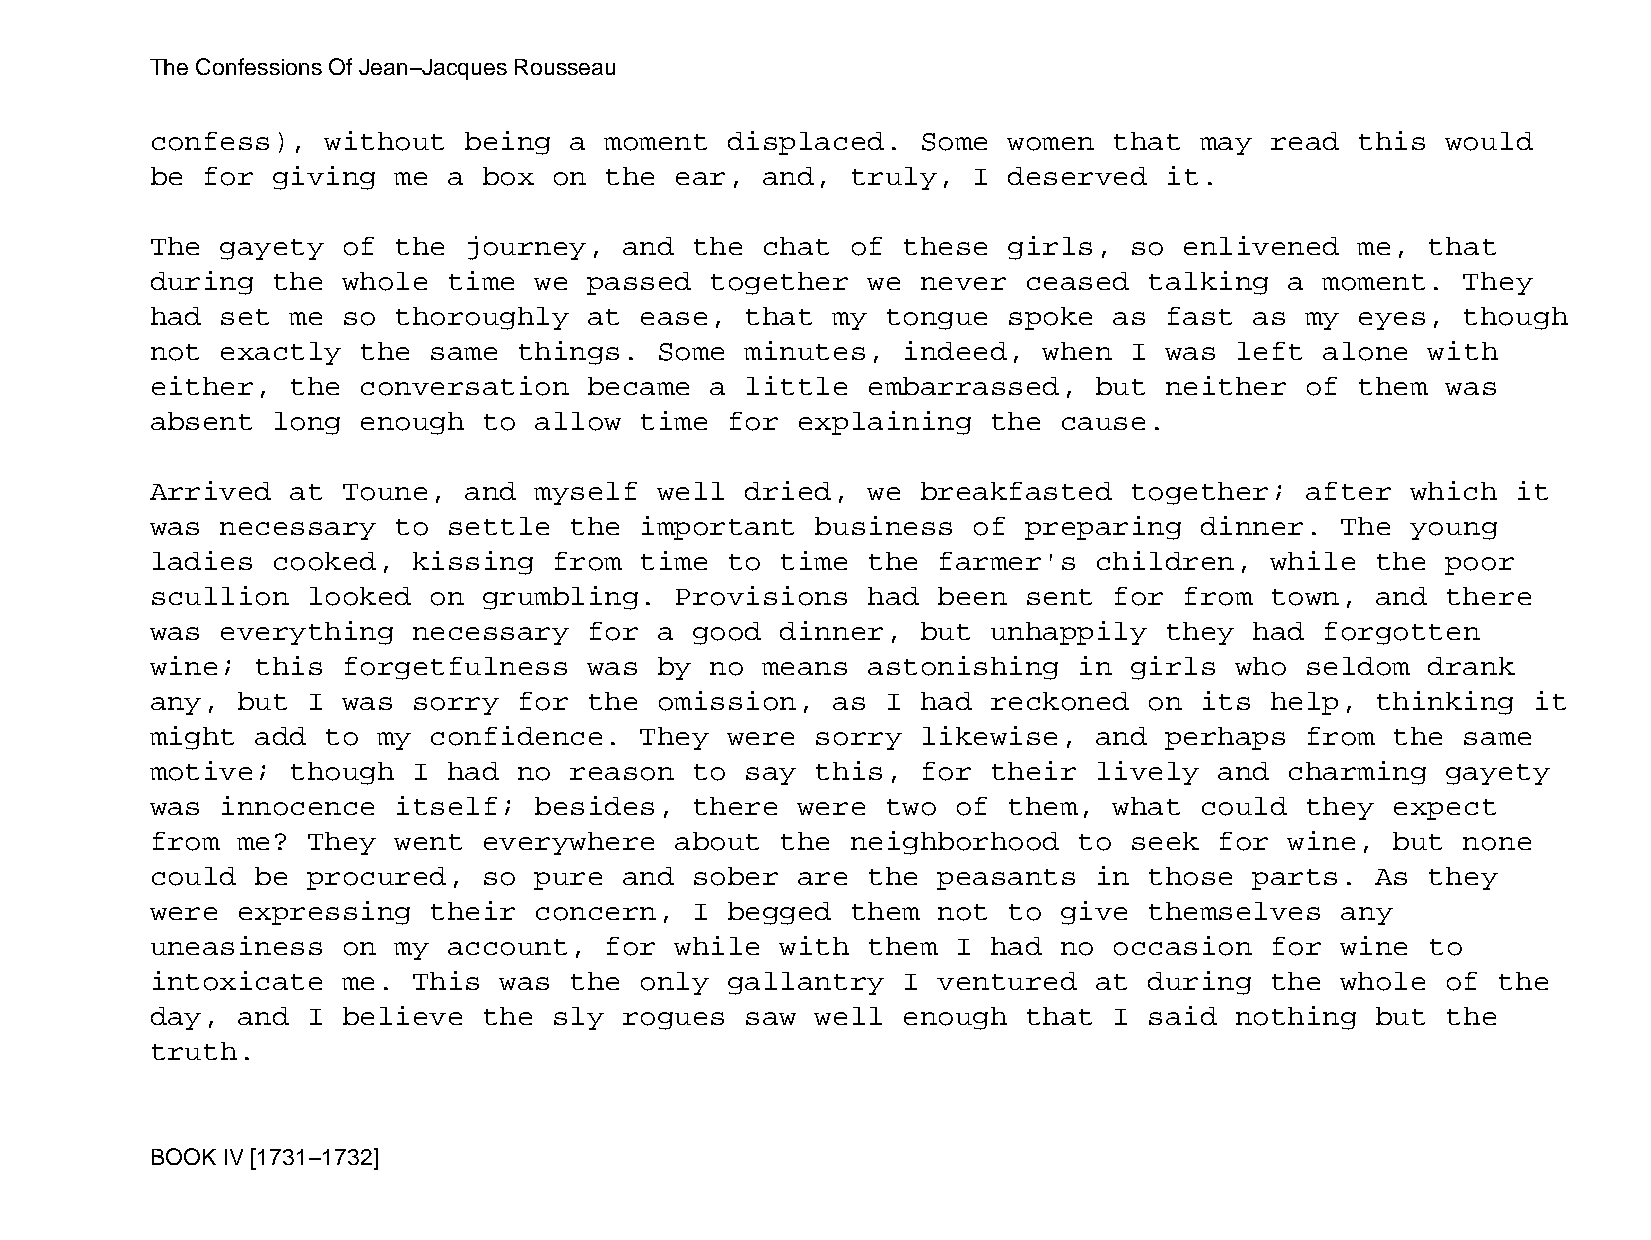
The Confessions Of Jean−Jacques Rousseau
 confess),   without  being  a moment  displaced.   Some  women  that may  read  this  would
 be for  giving  me  a box  on the  ear, and,  truly,  I  deserved  it.
 The  gayety  of the  journey,  and  the chat  of  these  girls,  so enlivened   me,  that
 during  the  whole  time we  passed  together  we  never  ceased  talking  a  moment.  They
 had  set me  so thoroughly   at ease,  that  my  tongue  spoke  as fast  as my  eyes,  though
 not  exactly  the same  things.   Some minutes,   indeed,  when  I was  left  alone  with
 either,  the  conversation   became  a little  embarrassed,   but  neither  of  them  was
 absent  long  enough  to allow  time  for  explaining   the cause.
 Arrived  at  Toune,  and myself   well dried,  we  breakfasted   together;  after  which  it
 was  necessary  to  settle  the important   business  of  preparing  dinner.   The young
 ladies  cooked,  kissing   from time  to  time the  farmer's  children,   while  the  poor
 scullion  looked  on  grumbling.   Provisions  had  been  sent  for from  town,  and  there
 was  everything  necessary   for  a good  dinner,  but  unhappily  they  had  forgotten
 wine;  this  forgetfulness   was  by no means  astonishing   in  girls  who seldom   drank
 any,  but I  was sorry  for  the  omission,  as  I had  reckoned  on its  help,  thinking  it
 might  add  to my confidence.   They  were  sorry  likewise,  and  perhaps  from  the  same
 motive;  though  I  had no  reason  to say  this,  for  their lively   and charming   gayety
 was  innocence  itself;  besides,   there  were  two of  them,  what could  they  expect
 from  me? They  went  everywhere   about  the neighborhood   to  seek  for wine,  but  none
 could  be procured,   so pure  and  sober  are the  peasants  in  those  parts.  As  they
 were  expressing  their  concern,   I begged  them  not  to give  themselves   any
 uneasiness   on my  account,  for  while  with them  I  had no  occasion  for  wine  to
 intoxicate   me. This  was  the only  gallantry   I ventured  at  during  the  whole  of the
 day,  and I  believe  the  sly rogues  saw  well  enough  that  I said  nothing  but  the
 truth.
 BOOK IV [1731−1732]